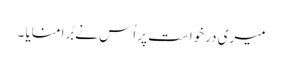
میری درخواست پر اُس نے بُرا منایا ۔